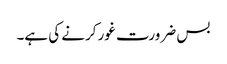
بس ضرورت غور کرنے کی ہے۔